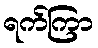
ရက်ကြာ